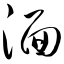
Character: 湎